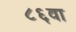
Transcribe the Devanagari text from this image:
८६वा